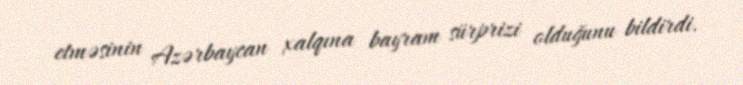
etməsinin Azərbaycan xalqına bayram sürprizi olduğunu bildirdi.